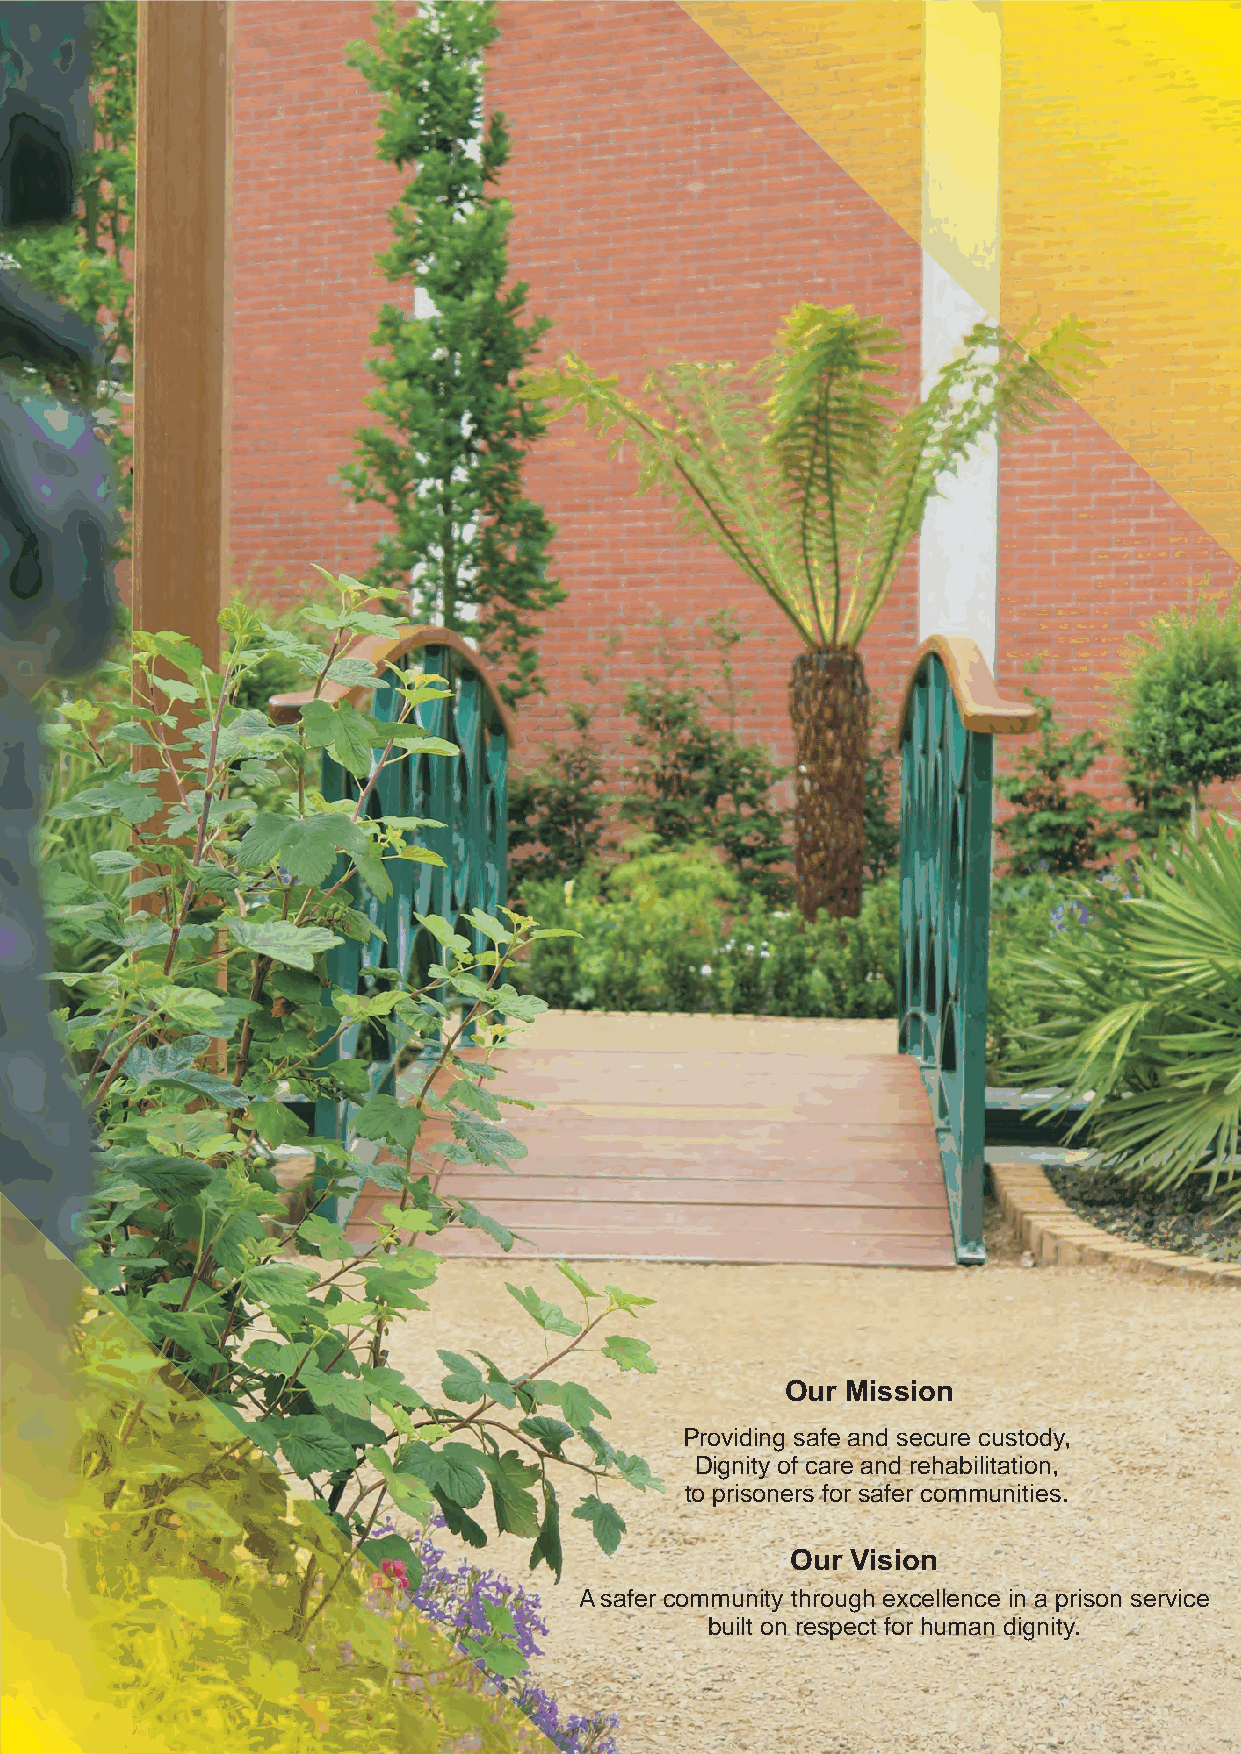
Our Mission
 Providing safe and secure custody,
 Dignity of care and rehabilitation,
 to prisoners for safer communities.
 Our Vision
 A safer community through excellence in a prison service
 built on respect for human dignity.